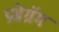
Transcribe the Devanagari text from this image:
प्रश्नेग्रॅम